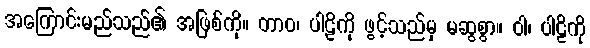
အကြောင်းမည်သည်၏ အဖြစ်ကို။ တာဝ၊ ပါဠိကို ဖွင့်သည်မှ မဆွစွာ။ ဝါ၊ ပါဠိကို